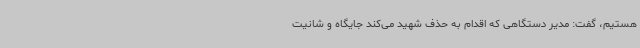
هستیم، گفت: مدیر دستگاهی که اقدام به حذف شهید می‌کند جایگاه و شانیت